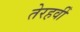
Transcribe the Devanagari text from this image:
तेरहवीँ